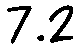
7.2